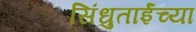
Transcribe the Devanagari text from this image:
सिंधुताईंच्या